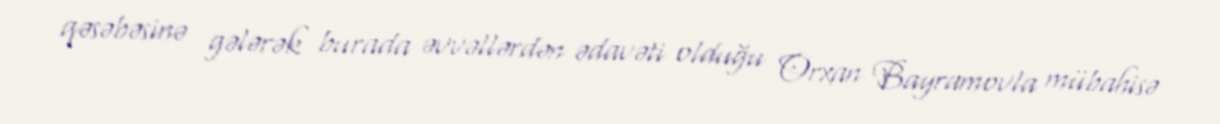
qəsəbəsinə gələrək burada əvvəllərdən ədavəti olduğu Orxan Bayramovla mübahisə